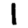
Digit: 1